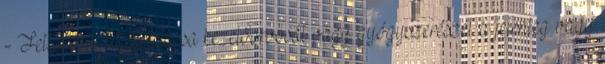
- Feltétlenül tájékoztassa kezelőorvosát vagy gyógyszerészét a jelenleg vagy